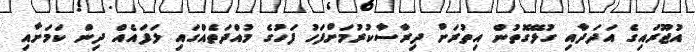
އުޖޫރައިގެ އަދަދާއި ގުޅޭގޮތުން އިތުރަށް ދިރާސާކުރުމަށްފަހު ފަހުގެ މުއްދަތެއްގައި ލަފައެއް ދިން ކަމަށާއި